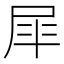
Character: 𭕝